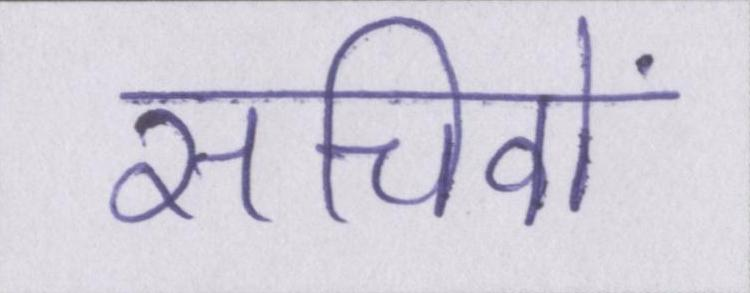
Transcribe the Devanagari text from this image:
सचिवों